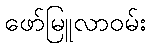
ဖော်မြူလာဝမ်း